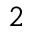
2